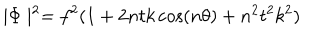
\mid \Phi \mid ^ { 2 } = f ^ { 2 } ( 1 + 2 n t k \cos ( n \theta ) + n ^ { 2 } t ^ { 2 } k ^ { 2 } )